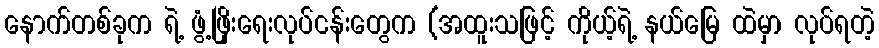
နောက်တစ်ခုက ရဲ့ ဖွံ့ဖြိုးရေးလုပ်ငန်းတွေက (အထူးသဖြင့် ကိုယ့်ရဲ့ နယ်မြေ ထဲမှာ လုပ်ရတဲ့